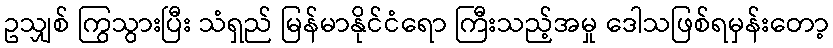
ဥသျှစ် ကြွသွားပြီး သံရှည် မြန်မာနိုင်ငံရော ကြီးသည့်အမှု ဒေါသဖြစ်ရမှန်းတော့